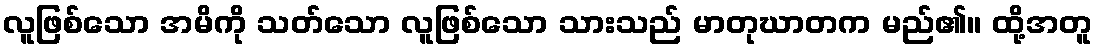
လူဖြစ်သော အမိကို သတ်သော လူဖြစ်သော သားသည် မာတုဃာတက မည်၏။ ထို့အတူ